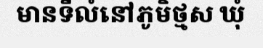
មានទីលំនៅភូមិថ្មស ឃុំ